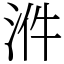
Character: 𣴓